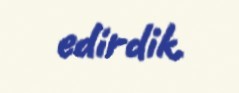
edirdik.